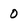
Character: o